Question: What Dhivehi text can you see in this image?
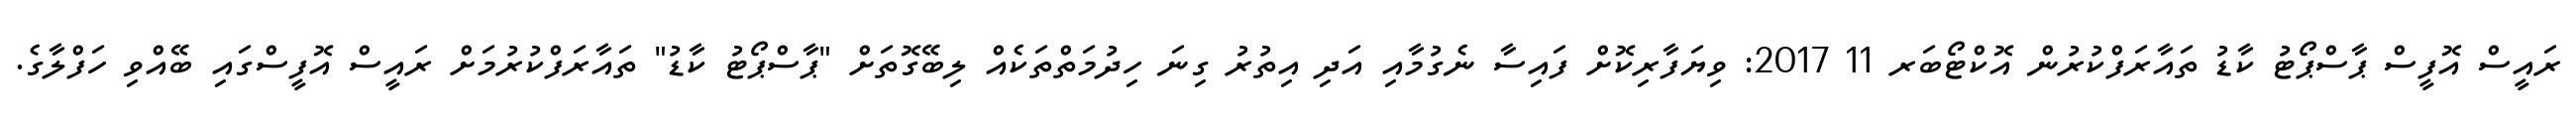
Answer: ރައީސް އޮފީސް ޕާސްޕޯޓު ކާޑު ތައާރަފްކުރުން އޮކްޓޯބަރ 11 2017: ވިޔަފާރިކޮށް ފައިސާ ނެގުމާއި އަދި އިތުރު ގިނަ ހިދުމަތްތަކެއް ލިބޭގޮތަށް "ޕާސްޕޯޓު ކާޑު" ތައާރަފްކުރުމަށް ރައީސް އޮފީސްގައި ބޭއްވި ހަފްލާގެ.